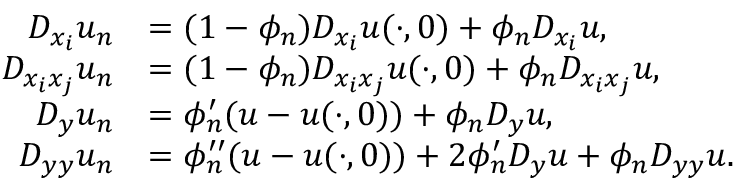
\begin{array} { r l } { D _ { x _ { i } } u _ { n } } & { = ( 1 - \phi _ { n } ) D _ { x _ { i } } u ( \cdot , 0 ) + \phi _ { n } D _ { x _ { i } } u , } \\ { D _ { x _ { i } x _ { j } } u _ { n } } & { = ( 1 - \phi _ { n } ) D _ { x _ { i } x _ { j } } u ( \cdot , 0 ) + \phi _ { n } D _ { x _ { i } x _ { j } } u , } \\ { D _ { y } u _ { n } } & { = \phi _ { n } ^ { \prime } ( u - u ( \cdot , 0 ) ) + \phi _ { n } D _ { y } u , } \\ { D _ { y y } u _ { n } } & { = \phi _ { n } ^ { \prime \prime } ( u - u ( \cdot , 0 ) ) + 2 \phi _ { n } ^ { \prime } D _ { y } u + \phi _ { n } D _ { y y } u . } \end{array}